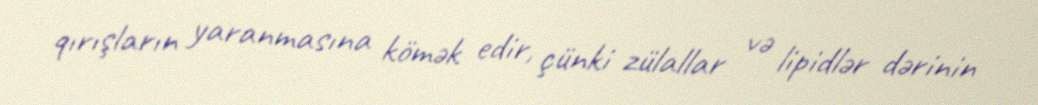
qırışların yaranmasına kömək edir, çünki zülallar və lipidlər dərinin